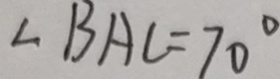
\angle B A C = 7 0 ^ { \circ }